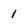
Character: 1